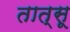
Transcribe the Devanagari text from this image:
तात्सू